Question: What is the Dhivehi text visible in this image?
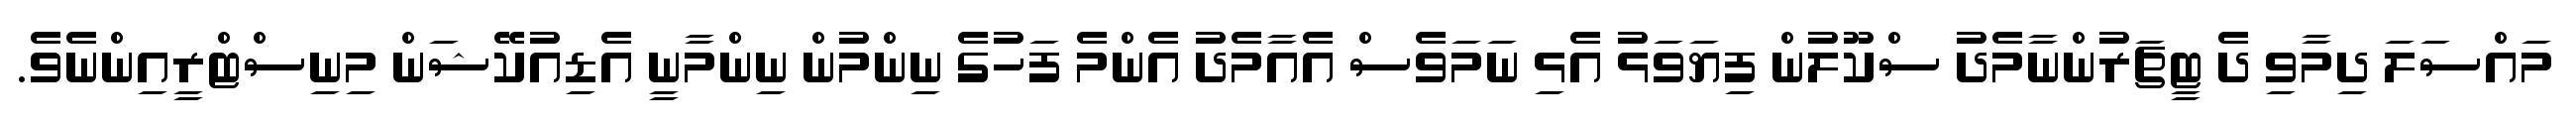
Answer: މައްސަލަ ދިމާވި ދެ ޓީޗަރުންނާމެދު ސްކޫލުން ފިޔަވަޅު އެޅި ނަމަވެސް އެއާމެދު އެންމެ ފަހުގެ ނިންމުން ނިންމާނީ އެޑިއުކޭޝަން މިނިސްޓްރީއިންނެވެ.